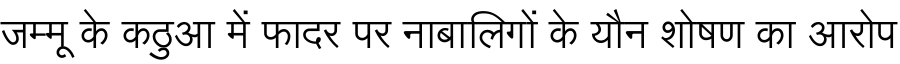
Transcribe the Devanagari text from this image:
जम्मू के कठुआ में फादर पर नाबालिगों के यौन शोषण का आरोप